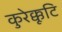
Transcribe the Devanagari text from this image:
कुरेक्कूटि